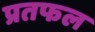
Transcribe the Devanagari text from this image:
प्रतफल